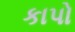
કાપો